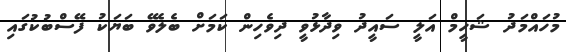
މުހައްމަދު ޝަހީމް އަލީ ސައީދު ވިދާޅުވީ ދިވެހިން ކަމަށް ބެލެވޭ ބަޔަކު ފޭސްބުކުގައި